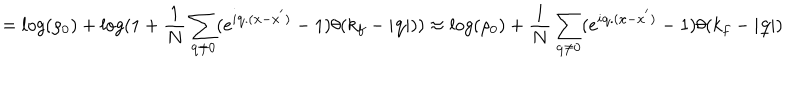
LaTeX: = l o g ( \rho _ { 0 } ) + l o g ( 1 + \frac { 1 } { N } \sum _ { { \bf { q } } \neq 0 } ( e ^ { i { \bf { q } } . ( { \bf { x } } - { \bf { x } } ^ { ' } ) } - 1 ) \theta ( k _ { f } - | { \bf { q } } | ) ) \approx l o g ( \rho _ { 0 } ) + \frac { 1 } { N } \sum _ { { \bf { q } } \neq 0 } ( e ^ { i { \bf { q } } . ( { \bf { x } } - { \bf { x } } ^ { ' } ) } - 1 ) \theta ( k _ { f } - | { \bf { q } } | )